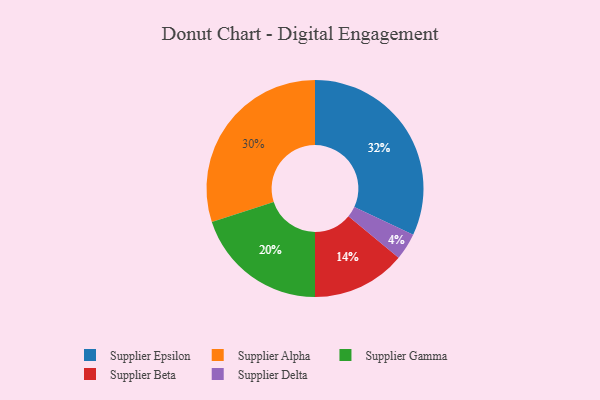
{"axis": {"x": "Category", "y": "Percentage"}, "legend": ["Supplier Alpha", "Supplier Beta", "Supplier Delta", "Supplier Epsilon", "Supplier Gamma"], "data": [{"x": "Supplier Epsilon", "y": 32, "type": "Supplier Epsilon"}, {"x": "Supplier Alpha", "y": 30, "type": "Supplier Alpha"}, {"x": "Supplier Gamma", "y": 20, "type": "Supplier Gamma"}, {"x": "Supplier Beta", "y": 14, "type": "Supplier Beta"}, {"x": "Supplier Delta", "y": 4, "type": "Supplier Delta"}]}